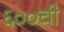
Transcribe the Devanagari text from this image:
६००ची